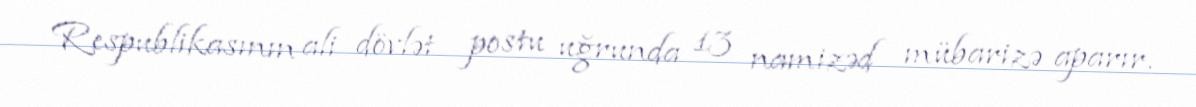
Respublikasının ali dövlət postu uğrunda 13 namizəd mübarizə aparır.